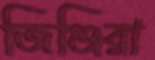
জিঞ্জিরা